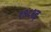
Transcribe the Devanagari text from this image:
१९८१इ